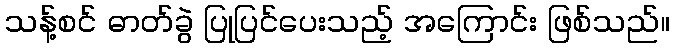
သန့်စင် ဓာတ်ခွဲ ပြုပြင်ပေးသည့် အကြောင်း ဖြစ်သည်။